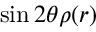
\sin 2 \theta \rho ( r )